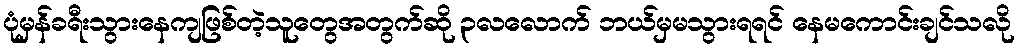
ပုံမှန်ခရီးသွားနေကျဖြစ်တဲ့သူတွေအတွက်ဆို ၃လလောက် ဘယ်မှမသွားရရင် နေမကောင်းချင်သလို